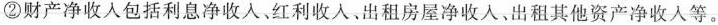
②财产净收入包括利息净收入、红利收入，出租房屋净收入，出租其他资产净收入等。